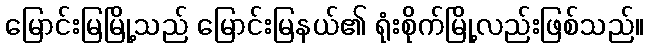
မြောင်းမြမြို့သည် မြောင်းမြနယ်၏ ရုံးစိုက်မြို့လည်းဖြစ်သည်။